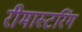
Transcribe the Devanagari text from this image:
रीमास्टरिंग